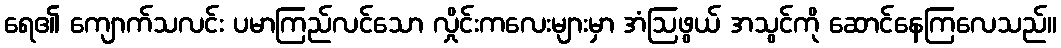
ရေ၏ ကျောက်သလင်း ပမာကြည်လင်သော လှိုင်းကလေးများမှာ အံဩဖွယ် အသွင်ကို ဆောင်နေကြလေသည်။